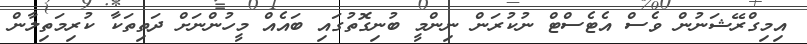
އިމިގްރޭޝަނުން ވެސް އެޓެސްޓް ނުކުރަން ނިންމީ ބުނިގޮތުގައި ބައެއް މީހުންނަށް ދަތިތަކާ ކުރިމަތިލާން